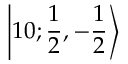
\left| 1 0 ; \frac 1 2 , { - } \frac 1 2 \right\rangle